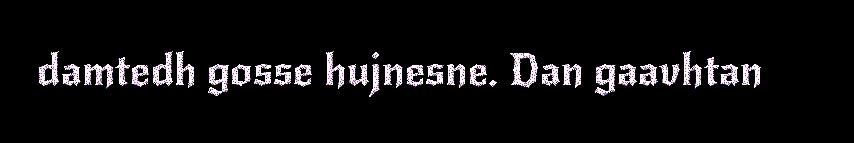
damtedh gosse hujnesne. Dan gaavhtan